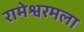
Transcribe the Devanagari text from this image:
रामेश्वरमला